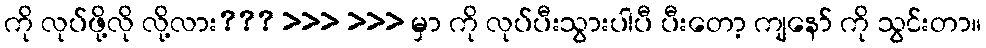
ကို လုပ်ဖို့လို လို့လား??? >>> >>> မှာ ကို လုပ်ပီးသွားပါပီ ပီးတော့ ကျနော် ကို သွင်းတာ။